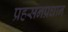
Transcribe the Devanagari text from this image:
प्रहसनप्रधान